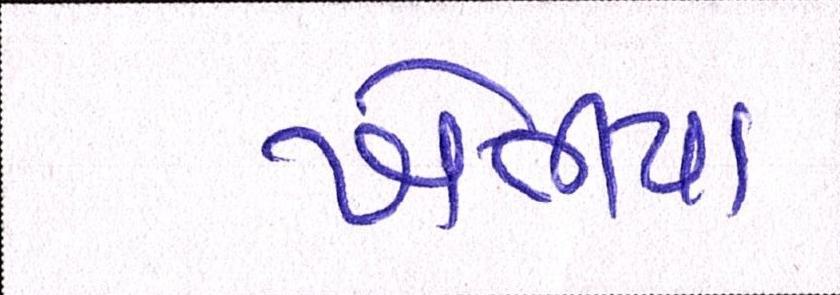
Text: ખેતીયા